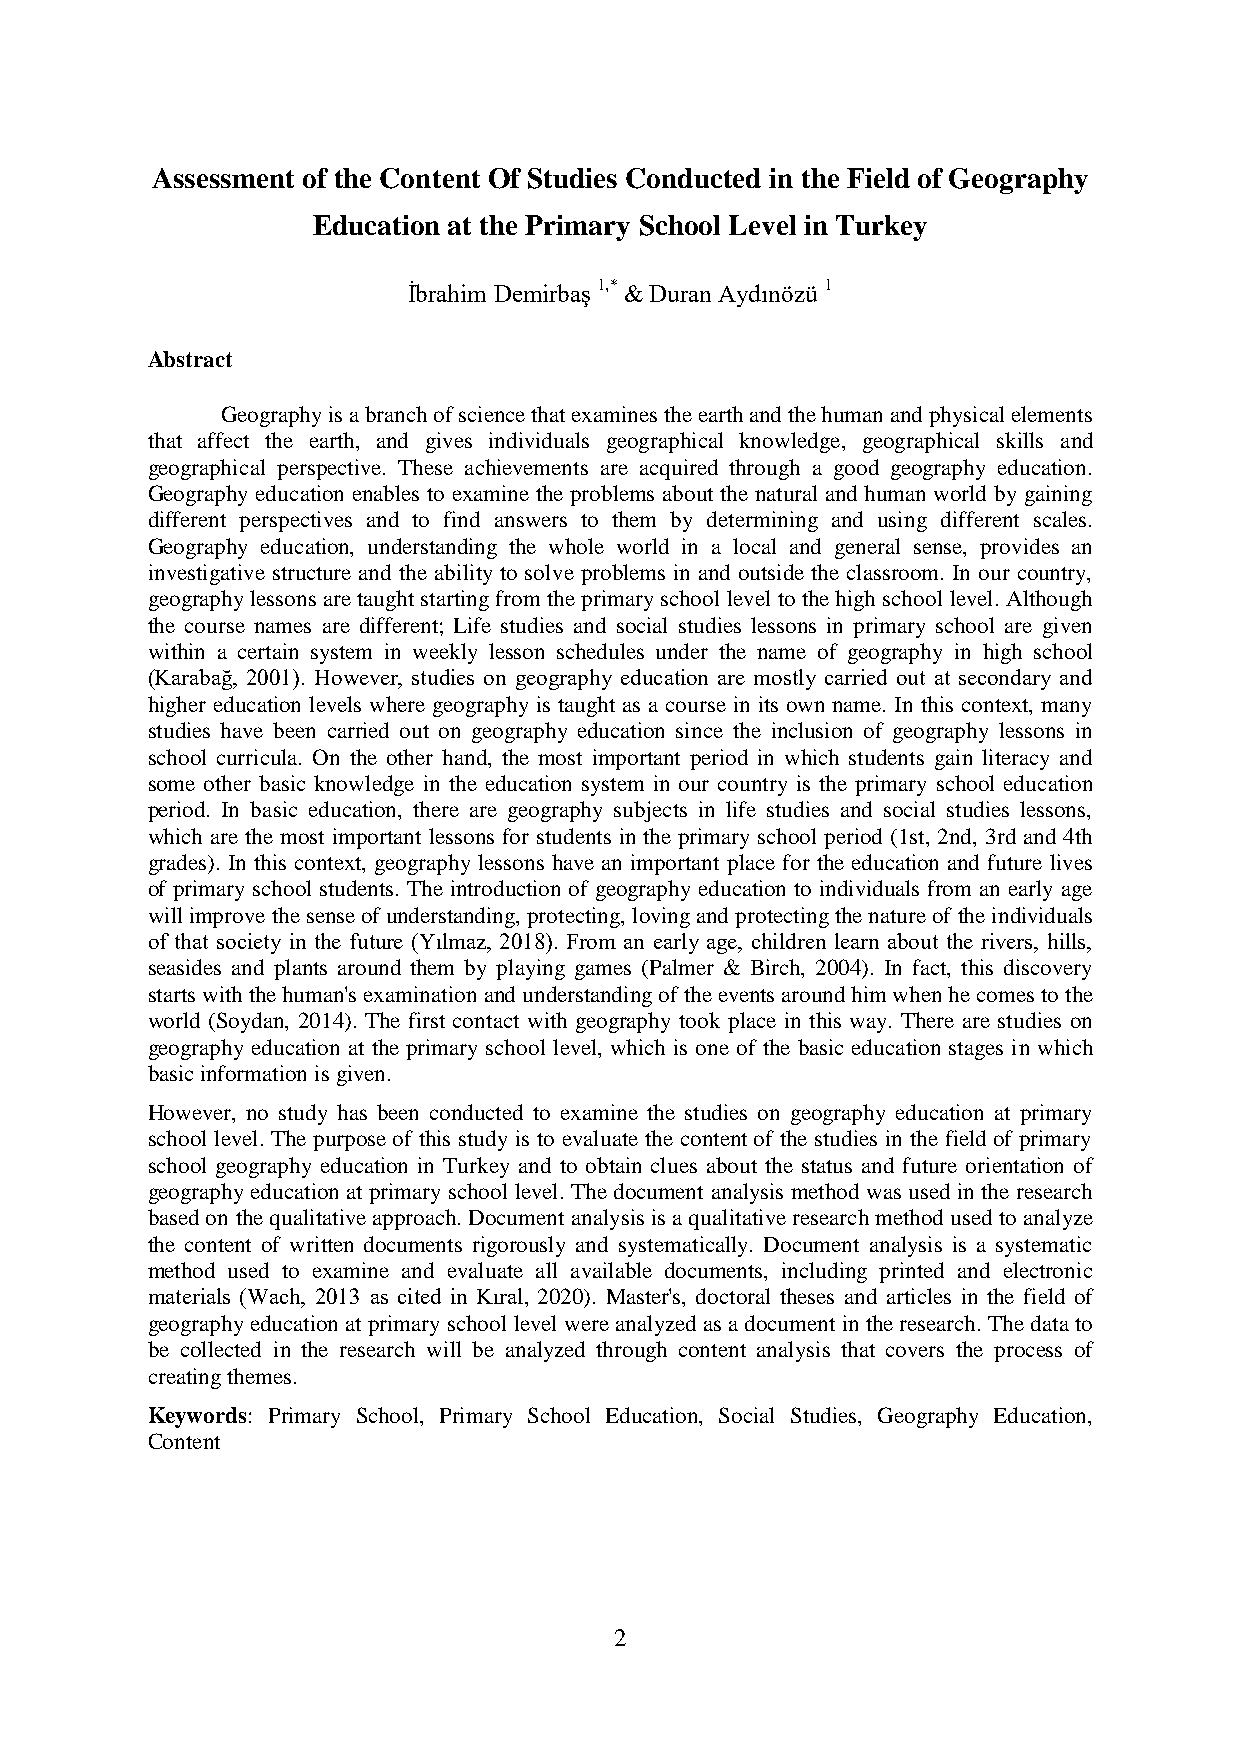
Assessment of the Content Of Studies Conducted in the Field of Geography
 Education at the Primary School Level in Turkey
 İbrahim Demirbaş 1,* & Duran Aydınözü 1
 Abstract
 Geography is a branch of science that examines the earth and the human and physical elements
 that affect the earth, and gives individuals geographical knowledge, geographical skills and
 geographical perspective. These achievements are acquired through a good geography education.
 Geography education enables to examine the problems about the natural and human world by gaining
 different perspectives and to find answers to them by determining and using different scales.
 Geography education, understanding the whole world in a local and general sense, provides an
 investigative structure and the ability to solve problems in and outside the classroom. In our country,
 geography lessons are taught starting from the primary school level to the high school level. Although
 the course names are different; Life studies and social studies lessons in primary school are given
 within a certain system in weekly lesson schedules under the name of geography in high school
 (Karabağ, 2001). However, studies on geography education are mostly carried out at secondary and
 higher education levels where geography is taught as a course in its own name. In this context, many
 studies have been carried out on geography education since the inclusion of geography lessons in
 school curricula. On the other hand, the most important period in which students gain literacy and
 some other basic knowledge in the education system in our country is the primary school education
 period. In basic education, there are geography subjects in life studies and social studies lessons,
 which are the most important lessons for students in the primary school period (1st, 2nd, 3rd and 4th
 grades). In this context, geography lessons have an important place for the education and future lives
 of primary school students. The introduction of geography education to individuals from an early age
 will improve the sense of understanding, protecting, loving and protecting the nature of the individuals
 of that society in the future (Yılmaz, 2018). From an early age, children learn about the rivers, hills,
 seasides and plants around them by playing games (Palmer & Birch, 2004). In fact, this discovery
 starts with the human's examination and understanding of the events around him when he comes to the
 world (Soydan, 2014). The first contact with geography took place in this way. There are studies on
 geography education at the primary school level, which is one of the basic education stages in which
 basic information is given.
 However, no study has been conducted to examine the studies on geography education at primary
 school level. The purpose of this study is to evaluate the content of the studies in the field of primary
 school geography education in Turkey and to obtain clues about the status and future orientation of
 geography education at primary school level. The document analysis method was used in the research
 based on the qualitative approach. Document analysis is a qualitative research method used to analyze
 the content of written documents rigorously and systematically. Document analysis is a systematic
 method used to examine and evaluate all available documents, including printed and electronic
 materials (Wach, 2013 as cited in Kıral, 2020). Master's, doctoral theses and articles in the field of
 geography education at primary school level were analyzed as a document in the research. The data to
 be collected in the research will be analyzed through content analysis that covers the process of
 creating themes.
 Keywords: Primary School, Primary School Education, Social Studies, Geography Education,
 Content
 2